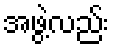
အဖွဲ့လည်း